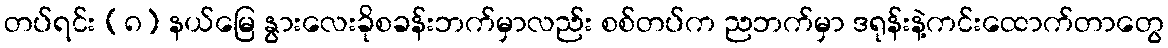
တပ်ရင်း (၈) နယ်မြေ နွားလေးခိုစခန်းဘက်မှာလည်း စစ်တပ်က ညဘက်မှာ ဒရုန်းနဲ့ကင်းထောက်တာတွေ